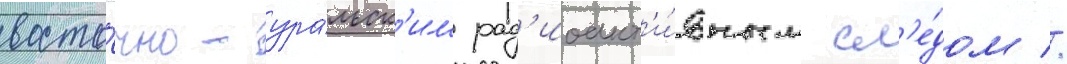
восто́чно-ура́льск'им рад'иоакт'и́вным сл'е́дом //